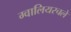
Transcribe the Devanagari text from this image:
ग्वालियरचले